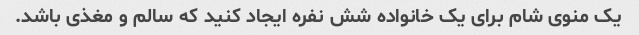
یک منوی شام برای یک خانواده شش نفره ایجاد کنید که سالم و مغذی باشد.